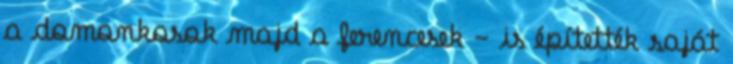
a domonkosok majd a ferencesek - is építették saját